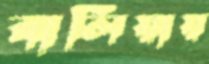
বালিয়ায়